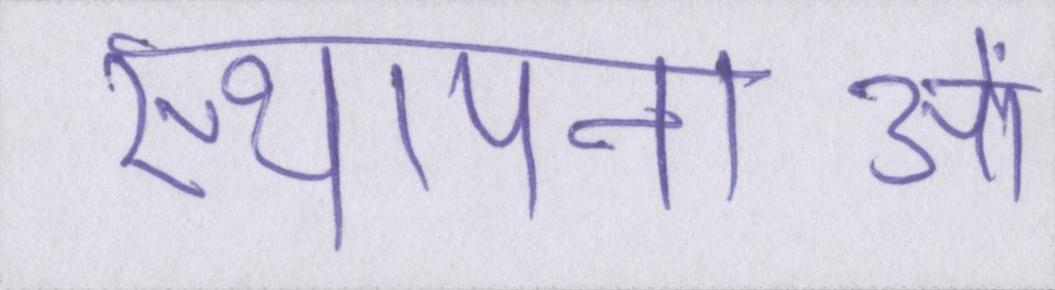
स्थापनाओं